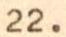
22.